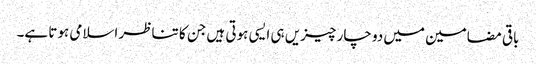
باقی مضامین میں دو چار چیزیں ہی ایسی ہوتی ہیں جن کا تناظر اسلامی ہوتا ہے۔